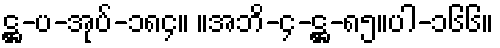
ဋ္ဌ-ပ-အုပ်-၁၈၄။ ။အဘိ-၄-ဋ္ဌ-၈၅။ပါ-၁၆၆။